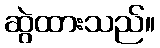
ဆွဲထားသည်။